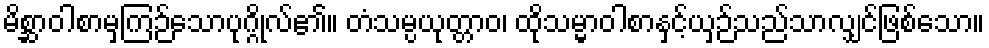
မိစ္ဆာဝါစာမှကြဉ်သောပုဂ္ဂိုလ်၏။ တံသမ္ပယုတ္တာဝ၊ ထိုသမ္မာဝါစာနှင့်ယှဉ်သည်သာလျှင်ဖြစ်သော။